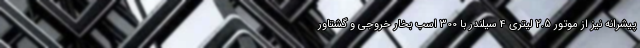
پیشرانه نیز از موتور 2.5 لیتری 4 سیلندر با 300 اسب بخار خروجی و گشتاور